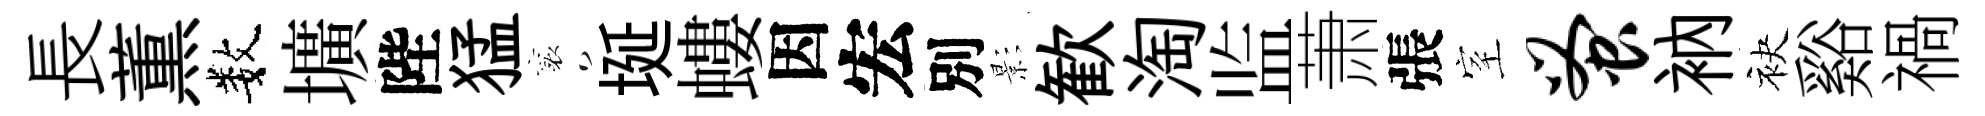
長薫数壙陛猛襄埏螻因宏別影歓淘监萧張室蚤衲袂谿禍